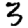
Digit: 3